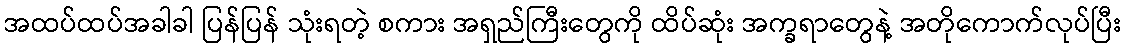
အထပ်ထပ်အခါခါ ပြန်ပြန် သုံးရတဲ့ စကား အရှည်ကြီးတွေကို ထိပ်ဆုံး အက္ခရာတွေနဲ့ အတိုကောက်လုပ်ပြီး